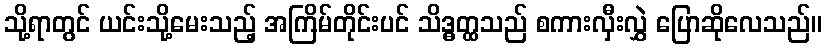
သို့ရာတွင် ယင်းသို့မေးသည့် အကြိမ်တိုင်းပင် သိဒ္ဓတ္ထသည် စကားလှီးလွှဲ ပြောဆိုလေသည်။